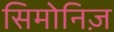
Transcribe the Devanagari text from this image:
सिमोनिज़